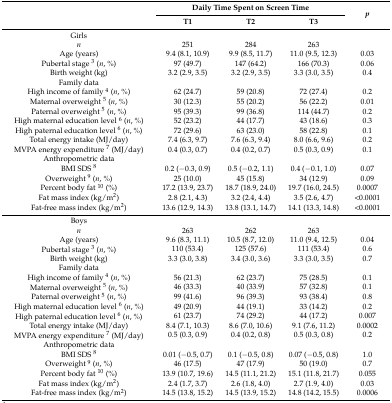
<table><thead><tr><td rowspan="2"></td><td colspan="3"><b>Daily Time Spent on Screen Time</b></td><td rowspan="2"><b><i>p</i></b></td></tr><tr><td><b>T1</b></td><td><b>T2</b></td><td><b>T3</b></td></tr></thead><tbody><tr><td>Girls</td><td></td><td></td><td></td><td></td></tr><tr><td><i>n</i></td><td>251</td><td>284</td><td>263</td><td></td></tr><tr><td>Age (years)</td><td>9.4 (8.1, 10.9)</td><td>9.9 (8.5, 11.7)</td><td>11.0 (9.5, 12.3)</td><td>0.03</td></tr><tr><td>Pubertal stage <sup>3</sup> (<i>n</i>, %)</td><td>97 (49.7)</td><td>147 (64.2)</td><td>166 (70.3)</td><td>0.06</td></tr><tr><td>Birth weight (kg)</td><td>3.2 (2.9, 3.5)</td><td>3.2 (2.9, 3.5)</td><td>3.3 (3.0, 3.5)</td><td>0.4</td></tr><tr><td>Family data</td><td></td><td></td><td></td><td></td></tr><tr><td>High income of family <sup>4</sup> (<i>n</i>, %)</td><td>62 (24.7)</td><td>59 (20.8)</td><td>72 (27.4)</td><td>0.2</td></tr><tr><td>Maternal overweight <sup>5</sup> (<i>n</i>, %)</td><td>30 (12.3)</td><td>55 (20.2)</td><td>56 (22.2)</td><td>0.01</td></tr><tr><td>Paternal overweight <sup>5</sup> (<i>n</i>, %)</td><td>95 (39.3)</td><td>99 (36.8)</td><td>114 (44.7)</td><td>0.2</td></tr><tr><td>High maternal education level <sup>6</sup> (<i>n</i>, %)</td><td>52 (23.2)</td><td>44 (17.7)</td><td>43 (18.6)</td><td>0.3</td></tr><tr><td>High paternal education level <sup>6</sup> (<i>n</i>, %)</td><td>72 (29.6)</td><td>63 (23.0)</td><td>58 (22.8)</td><td>0.1</td></tr><tr><td>Total energy intake (MJ/day)</td><td>7.4 (6.3, 9.7)</td><td>7.6 (6.3, 9.4)</td><td>8.0 (6.6, 9.6)</td><td>0.2</td></tr><tr><td>MVPA energy expenditure <sup>7</sup> (MJ/day)</td><td>0.4 (0.3, 0.7)</td><td>0.4 (0.2, 0.7)</td><td>0.5 (0.3, 0.9)</td><td>0.1</td></tr><tr><td>Anthropometric data</td><td></td><td></td><td></td><td></td></tr><tr><td>BMI SDS <sup>8</sup></td><td>0.2 (−0.3, 0.9)</td><td>0.5 (−0.2, 1.1)</td><td>0.4 (−0.1, 1.0)</td><td>0.07</td></tr><tr><td>Overweight <sup>9</sup> (<i>n</i>, %)</td><td>25 (10.0)</td><td>45 (15.8)</td><td>34 (12.9)</td><td>0.09</td></tr><tr><td>Percent body fat <sup>10</sup> (%)</td><td>17.2 (13.9, 23.7)</td><td>18.7 (18.9, 24.0)</td><td>19.7 (16.0, 24.5)</td><td>0.0007</td></tr><tr><td>Fat mass index (kg/m<sup>2</sup>)</td><td>2.8 (2.1, 4.3)</td><td>3.2 (2.4, 4.4)</td><td>3.5 (2.6, 4.7)</td><td>&lt;0.0001</td></tr><tr><td>Fat-free mass index (kg/m<sup>2</sup>)</td><td>13.6 (12.9, 14.3)</td><td>13.8 (13.1, 14.7)</td><td>14.1 (13.3, 14.8)</td><td>&lt;0.0001</td></tr><tr><td>Boys</td><td></td><td></td><td></td><td></td></tr><tr><td><i>n</i></td><td>263 </td><td>262</td><td>263</td><td></td></tr><tr><td>Age (years)</td><td>9.6 (8.3, 11.1)</td><td>10.5 (8.7, 12.0)</td><td>11.0 (9.4, 12.5)</td><td>0.04</td></tr><tr><td>Pubertal stage <sup>3</sup> (<i>n</i>, %)</td><td>110 (53.4)</td><td>125 (57.6)</td><td>111 (53.4)</td><td>0.6</td></tr><tr><td>Birth weight (kg)</td><td>3.3 (3.0, 3.8)</td><td>3.4 (3.0, 3.6)</td><td>3.3 (3.0, 3.5)</td><td>0.7</td></tr><tr><td>Family data</td><td></td><td></td><td></td><td></td></tr><tr><td>High income of family <sup>4</sup> (<i>n</i>, %)</td><td>56 (21.3)</td><td>62 (23.7)</td><td>75 (28.5)</td><td>0.1</td></tr><tr><td>Maternal overweight <sup>5</sup> (<i>n</i>, %)</td><td>46 (33.3)</td><td>40 (33.9)</td><td>57 (32.8)</td><td>0.1</td></tr><tr><td>Paternal overweight <sup>5</sup> (<i>n</i>, %)</td><td>99 (41.6)</td><td>96 (39.3)</td><td>93 (38.4)</td><td>0.8</td></tr><tr><td>High maternal education level <sup>6</sup> (<i>n</i>, %)</td><td>49 (20.9)</td><td>44 (19.1)</td><td>33 (14.2)</td><td>0.2</td></tr><tr><td>High paternal education level <sup>6</sup> (<i>n</i>, %)</td><td>61 (23.7)</td><td>74 (29.2)</td><td>44 (17.2)</td><td>0.007</td></tr><tr><td>Total energy intake (MJ/day)</td><td>8.4 (7.1, 10.3)</td><td>8.6 (7.0, 10.6)</td><td>9.1 (7.6, 11.2)</td><td>0.0002</td></tr><tr><td>MVPA energy expenditure <sup>7</sup> (MJ/day)</td><td>0.5 (0.3, 0.9)</td><td>0.4 (0.2, 0.8)</td><td>0.5 (0.3, 0.8)</td><td>0.2</td></tr><tr><td>Anthropometric data</td><td></td><td></td><td></td><td></td></tr><tr><td>BMI SDS <sup>8</sup></td><td>0.01 (−0.5, 0.7)</td><td>0.1 (−0.5, 0.8)</td><td>0.07 (−0.5, 0.8)</td><td>1.0</td></tr><tr><td>Overweight <sup>9</sup> (<i>n</i>, %)</td><td>46 (17.5)</td><td>47 (17.9)</td><td>50 (19.0)</td><td>0.7</td></tr><tr><td>Percent body fat <sup>10</sup> (%)</td><td>13.9 (10.7, 19.6)</td><td>14.5 (11.1, 21.2)</td><td>15.1 (11.8, 21.7)</td><td>0.055</td></tr><tr><td>Fat mass index (kg/m<sup>2</sup>)</td><td>2.4 (1.7, 3.7)</td><td>2.6 (1.8, 4.0)</td><td>2.7 (1.9, 4.0)</td><td>0.03</td></tr><tr><td>Fat-free mass index (kg/m<sup>2</sup>)</td><td>14.5 (13.8, 15.2)</td><td>14.5 (13.9, 15.2)</td><td>14.8 (14.2, 15.5)</td><td>0.0006</td></tr></tbody></table>